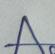
Signature authenticity: genuine